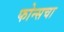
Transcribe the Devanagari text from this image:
फोन्सचा